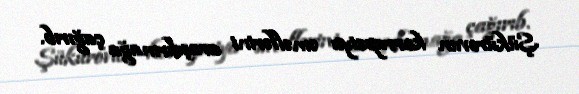
Şükürovun korrupsiya əməllərini araşdırmağa çağırıb.